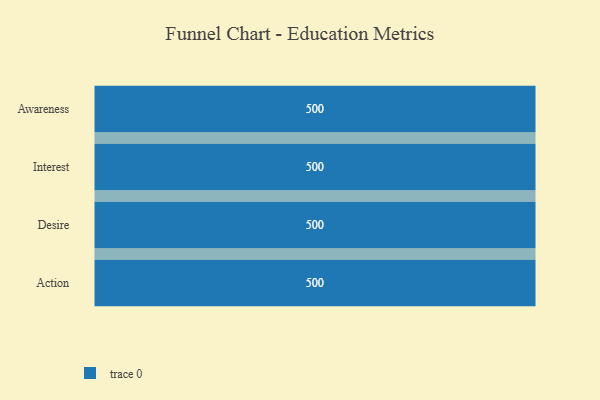
{"axis": {"x": "Stage", "y": "Value"}, "legend": [""], "data": [{"x": "Awareness", "y": 500, "type": ""}, {"x": "Interest", "y": 500, "type": ""}, {"x": "Desire", "y": 500, "type": ""}, {"x": "Action", "y": 500, "type": ""}]}